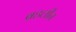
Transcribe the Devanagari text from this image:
ब्रहलीन